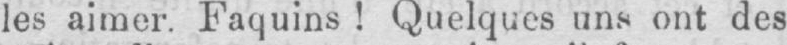
les aimer. Faquins! Quelques uns ont des